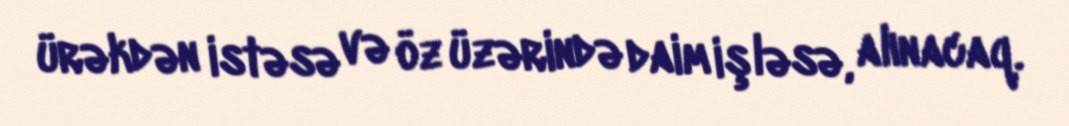
ürəkdən istəsə və öz üzərində daim işləsə, alınacaq.